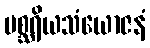
မစ္ဆရိယသံယောဇနံ